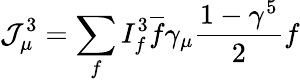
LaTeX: \mathcal{J}_{\mu}^{3}=\sum_{f}I_{f}^{3}{\overline{{{f}}}}\gamma_{\mu}{\frac{{1-\gamma^{5}}}{{2}}}f